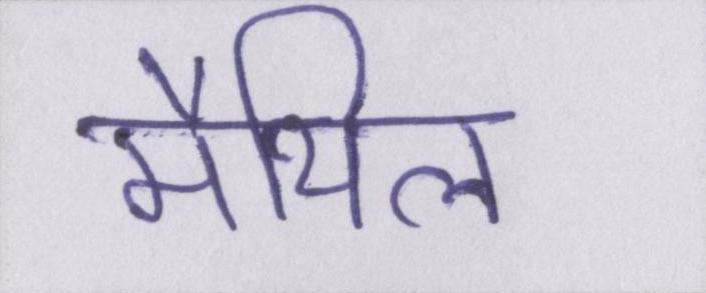
मैथिल